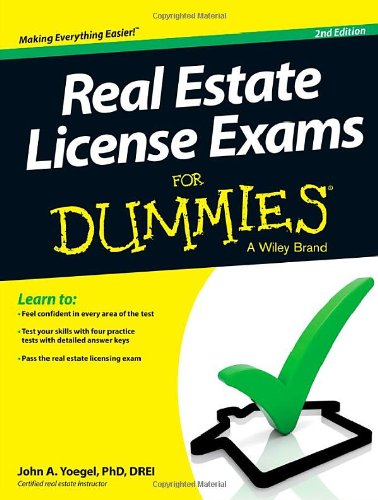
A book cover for Real Estate License Exams For Dummies; John A. Yoegel; Test Preparation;